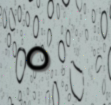
٥